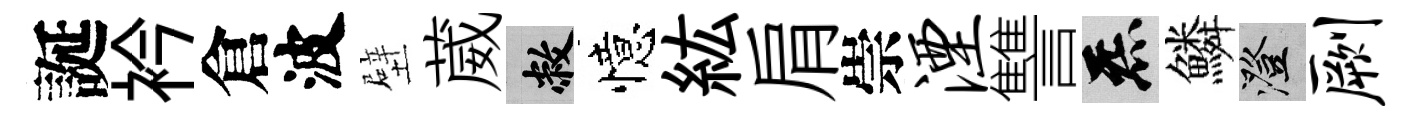
誕衿倉波壁葳敝憶紘肩崇湮讐炁鱗澄劂